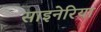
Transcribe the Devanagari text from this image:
साइनेरिया